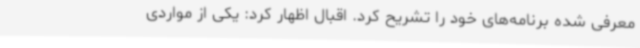
معرفی شده برنامه‌های خود را تشریح کرد. اقبال اظهار کرد: یکی از مواردی